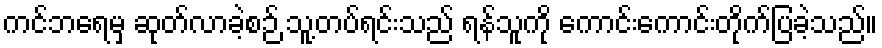
ကင်ဘရေမှ ဆုတ်လာခဲ့စဉ် သူ့တပ်ရင်းသည် ရန်သူကို ကောင်းကောင်းတိုက်ပြခဲ့သည်။